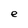
Character: e